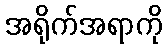
အရိုက်အရာကို